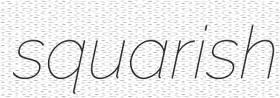
squarish